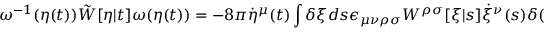
\omega ^ { - 1 } ( \eta ( t ) ) \tilde { W } [ \eta | t ] \omega ( \eta ( t ) ) = - 8 \pi \dot { \eta } ^ { \mu } ( t ) \int \delta \xi d s \epsilon _ { \mu \nu \rho \sigma } W ^ { \rho \sigma } [ \xi | s ] \dot { \xi } ^ { \nu } ( s ) \delta ( \xi ( s ) - \eta ( t ) ) ,